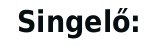
Singelő: